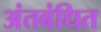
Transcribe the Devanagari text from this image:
अंतबंधित